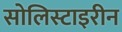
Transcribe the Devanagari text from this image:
सोलिस्टाइरीन